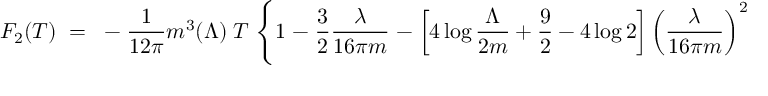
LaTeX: F _ { 2 } ( T ) \; = \; \; - \; { \frac { 1 } { 1 2 \pi } } m ^ { 3 } ( \Lambda ) \; T \; \Bigg \{ 1 \; - \; { \frac { 3 } { 2 } } { \frac { \lambda } { 1 6 \pi m } } \; - \; \left[ 4 \log { \frac { \Lambda } { 2 m } } + { \frac { 9 } { 2 } } - 4 \log 2 \right] \left( { \frac { \lambda } { 1 6 \pi m } } \right) ^ { 2 } \Bigg \} \, ,